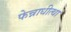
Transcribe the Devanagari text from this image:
फेन्नाधीत्था